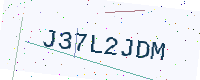
Text: J37L2JDM